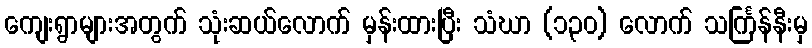
ကျေးရွာများအတွက် သုံးဆယ်လောက် မှန်းထားပြီး သံဃာ (၁၃၀) လောက် သင်္ကြန်နီးမှ